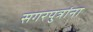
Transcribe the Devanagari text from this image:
सगरपुत्रांना